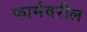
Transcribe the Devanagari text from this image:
फार्मवरील